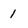
Character: 1